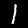
Digit: 1